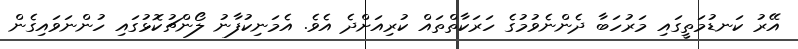
އޭރު ކަނޑުމަތީގައި މަރުހަބާ ދެންނެވުމުގެ ހަރަކާތްތައް ކުރިއަށްދެ އެވެ. އެމަނިކުފާނު ލޯންޗުކޮޅުގައި ހުންނަވައިގެން